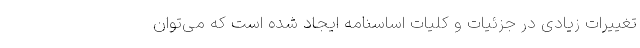
تغییرات زیادی در جزئیات و کلیات اساسنامه ایجاد شده است که می‌توان